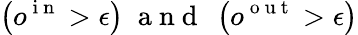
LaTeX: \left(o^{\mathrm{~i~n~}}>\epsilon\right)\; \mathrm{~a~n~d~}\; \left(o^{\mathrm{~o~u~t~}}>\epsilon\right)